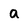
Character: a